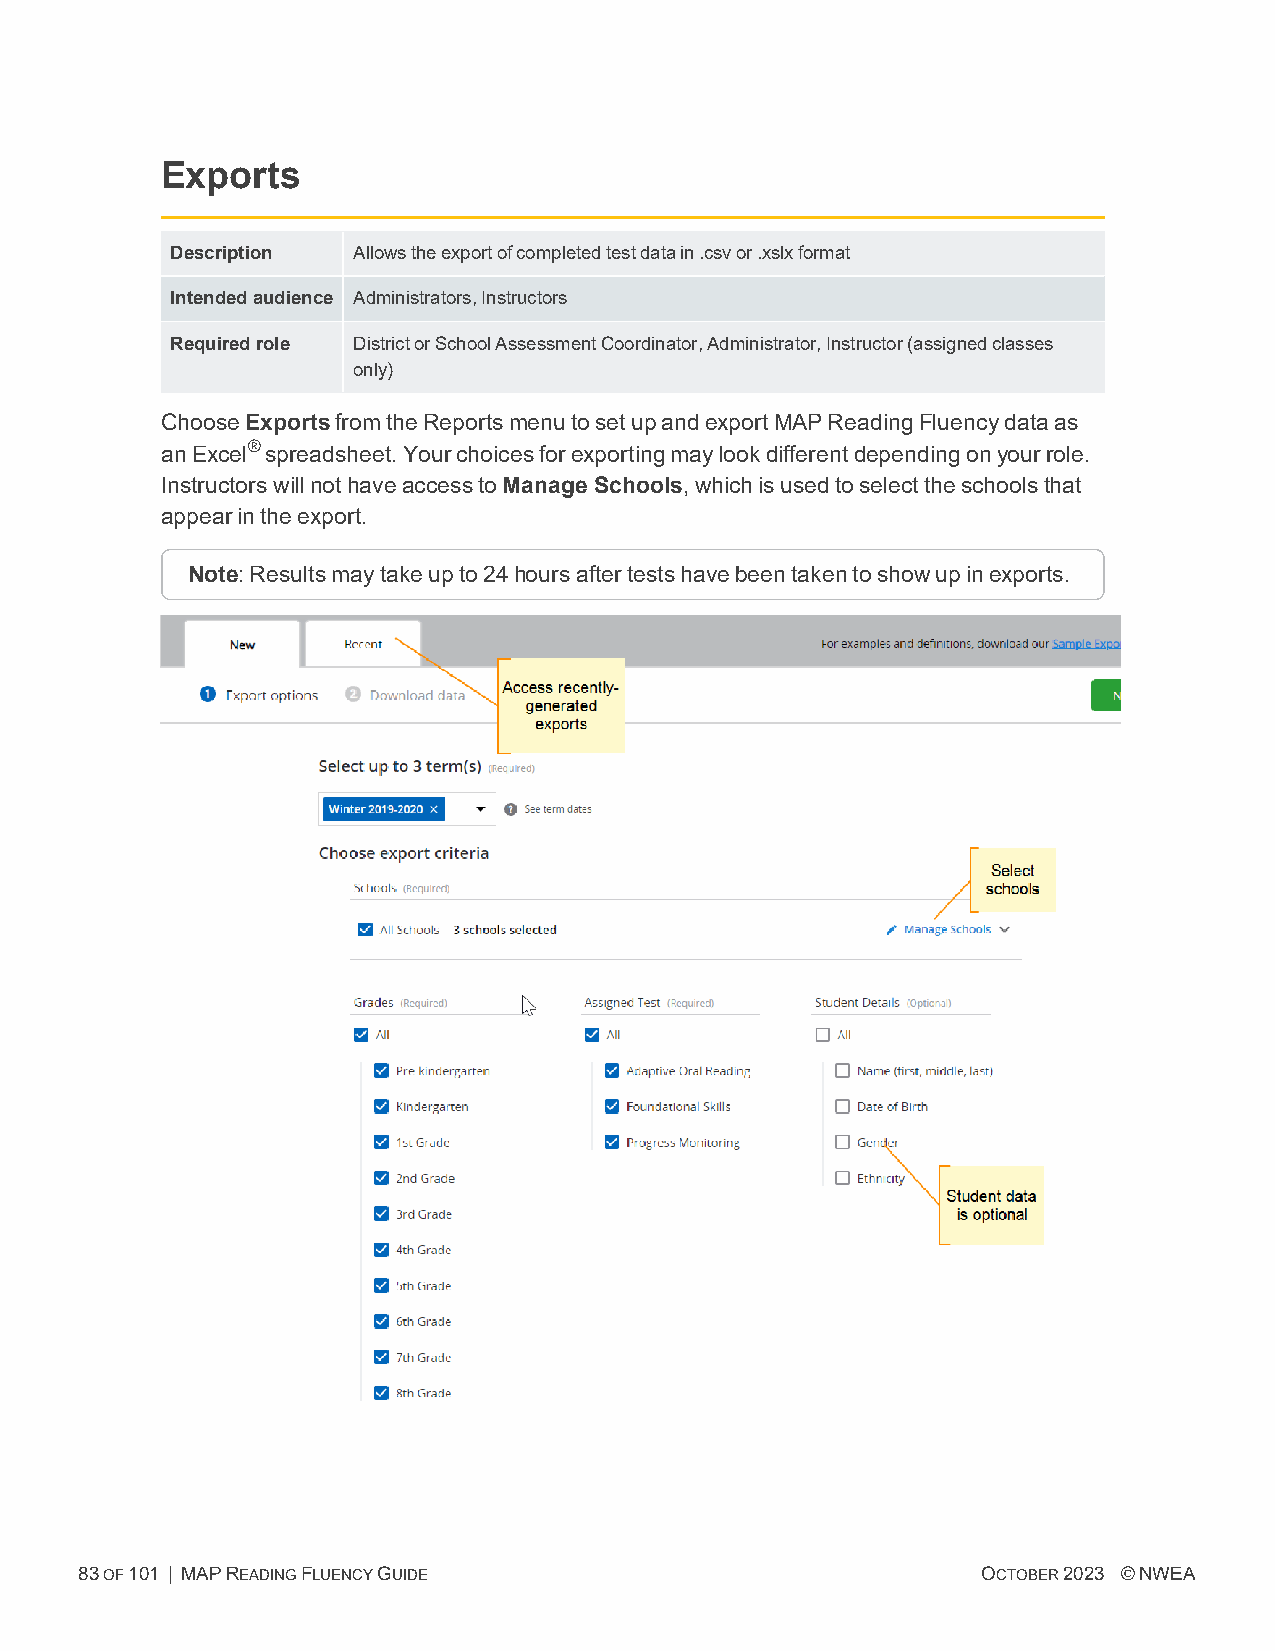
Exports
 Description Allowstheexportofcompletedtestdatain.csvor.xslxformat
 Intendedaudience Administrators,Instructors
 Requiredrole DistrictorSchoolAssessmentCoordinator,Administrator,Instructor(assignedclasses
 only)
 ChooseExportsfromtheReportsmenutosetupandexportMAP ReadingFluencydataas
 anExcel®spreadsheet.Yourchoicesforexportingmaylookdifferentdependingonyourrole.
 InstructorswillnothaveaccesstoManage Schools,whichisusedtoselecttheschoolsthat
 appearintheexport.
 Note: Resultsmaytakeupto24hoursaftertestshavebeentakentoshowupinexports.
 83OF101 | MAPREADINGFLUENCYGUIDE                            OCTOBER2023 ©NWEA